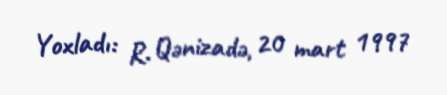
Yoxladı: R. Qənizadə, 20 mart 1997